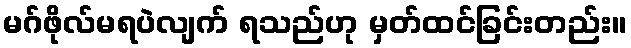
မဂ်ဖိုလ်မရပဲလျက် ရသည်ဟု မှတ်ထင်ခြင်းတည်း။